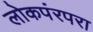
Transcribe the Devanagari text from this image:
लोकपंरपरा